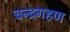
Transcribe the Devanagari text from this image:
चन्द्रगहण